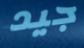
جيد